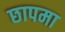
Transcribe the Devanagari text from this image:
छापमा